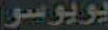
يويوسو